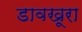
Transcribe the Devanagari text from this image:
डावखूरा